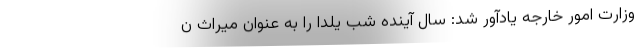
وزارت امور خارجه یادآور شد: سال آینده شب یلدا را به عنوان میراث ن